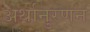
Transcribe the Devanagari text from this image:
अर्थानुरणन